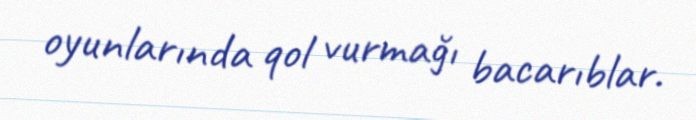
oyunlarında qol vurmağı bacarıblar.